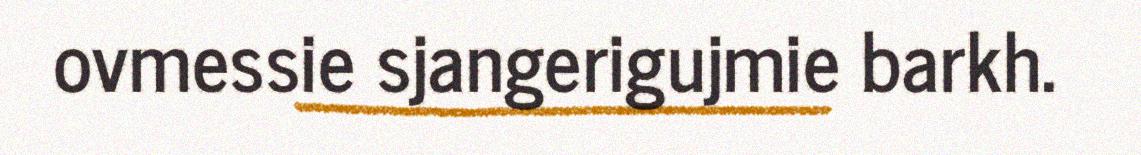
ovmessie sjangerigujmie barkh.